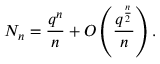
N _ { n } = { \frac { q ^ { n } } { n } } + O \left( { \frac { q ^ { \frac { n } { 2 } } } { n } } \right) .